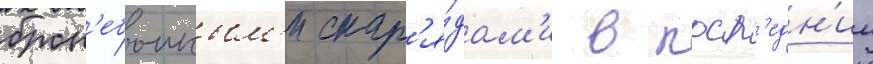
брон'ебоиным'и снар'я́дам'и в посл'едн'ии